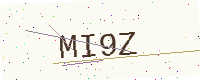
Text: MI9Z